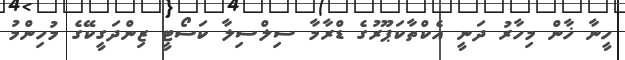
ހީނާ ޚާން މިހާރު ދަނީ އެކްތާކަޕޫރުގެ ޑްރާމާ ސިލްސިލާ ކަސޯޓީ ޒިންދަގީކޭގެ މުހިންމު